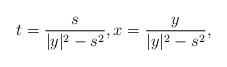
LaTeX: \begin{align*} t = \frac{s}{|y|^2 - s^2}, x = \frac{y}{|y|^2 - s^2},\end{align*}